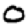
Digit: 0